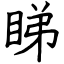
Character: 睇